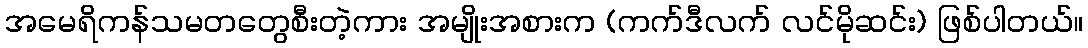
အမေရိကန်သမတတွေစီးတဲ့ကား အမျိုးအစားက (ကက်ဒီလက် လင်မိုဆင်း) ဖြစ်ပါတယ်။